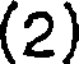
(2)